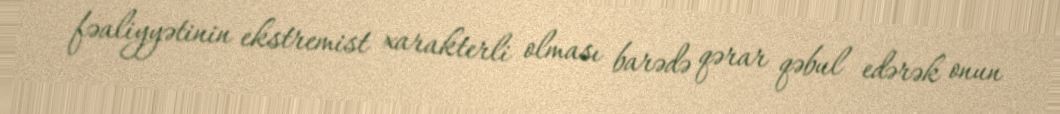
fəaliyyətinin ekstremist xarakterli olması barədə qərar qəbul edərək onun